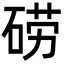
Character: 𮀤